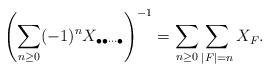
LaTeX: \begin{align*}\left(\sum_{n\ge 0}(-1)^n X_{\bullet\bullet\cdots\bullet}\right)^{-1}=\sum_{n\ge 0}\sum_{|F|=n}X_F.\end{align*}